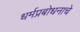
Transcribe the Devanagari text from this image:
धर्मप्रबोधनाचे